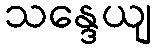
သန္ဒေယျ